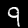
Label: 9